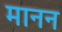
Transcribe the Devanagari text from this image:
मानन